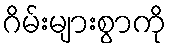
ဂိမ်းများစွာကို